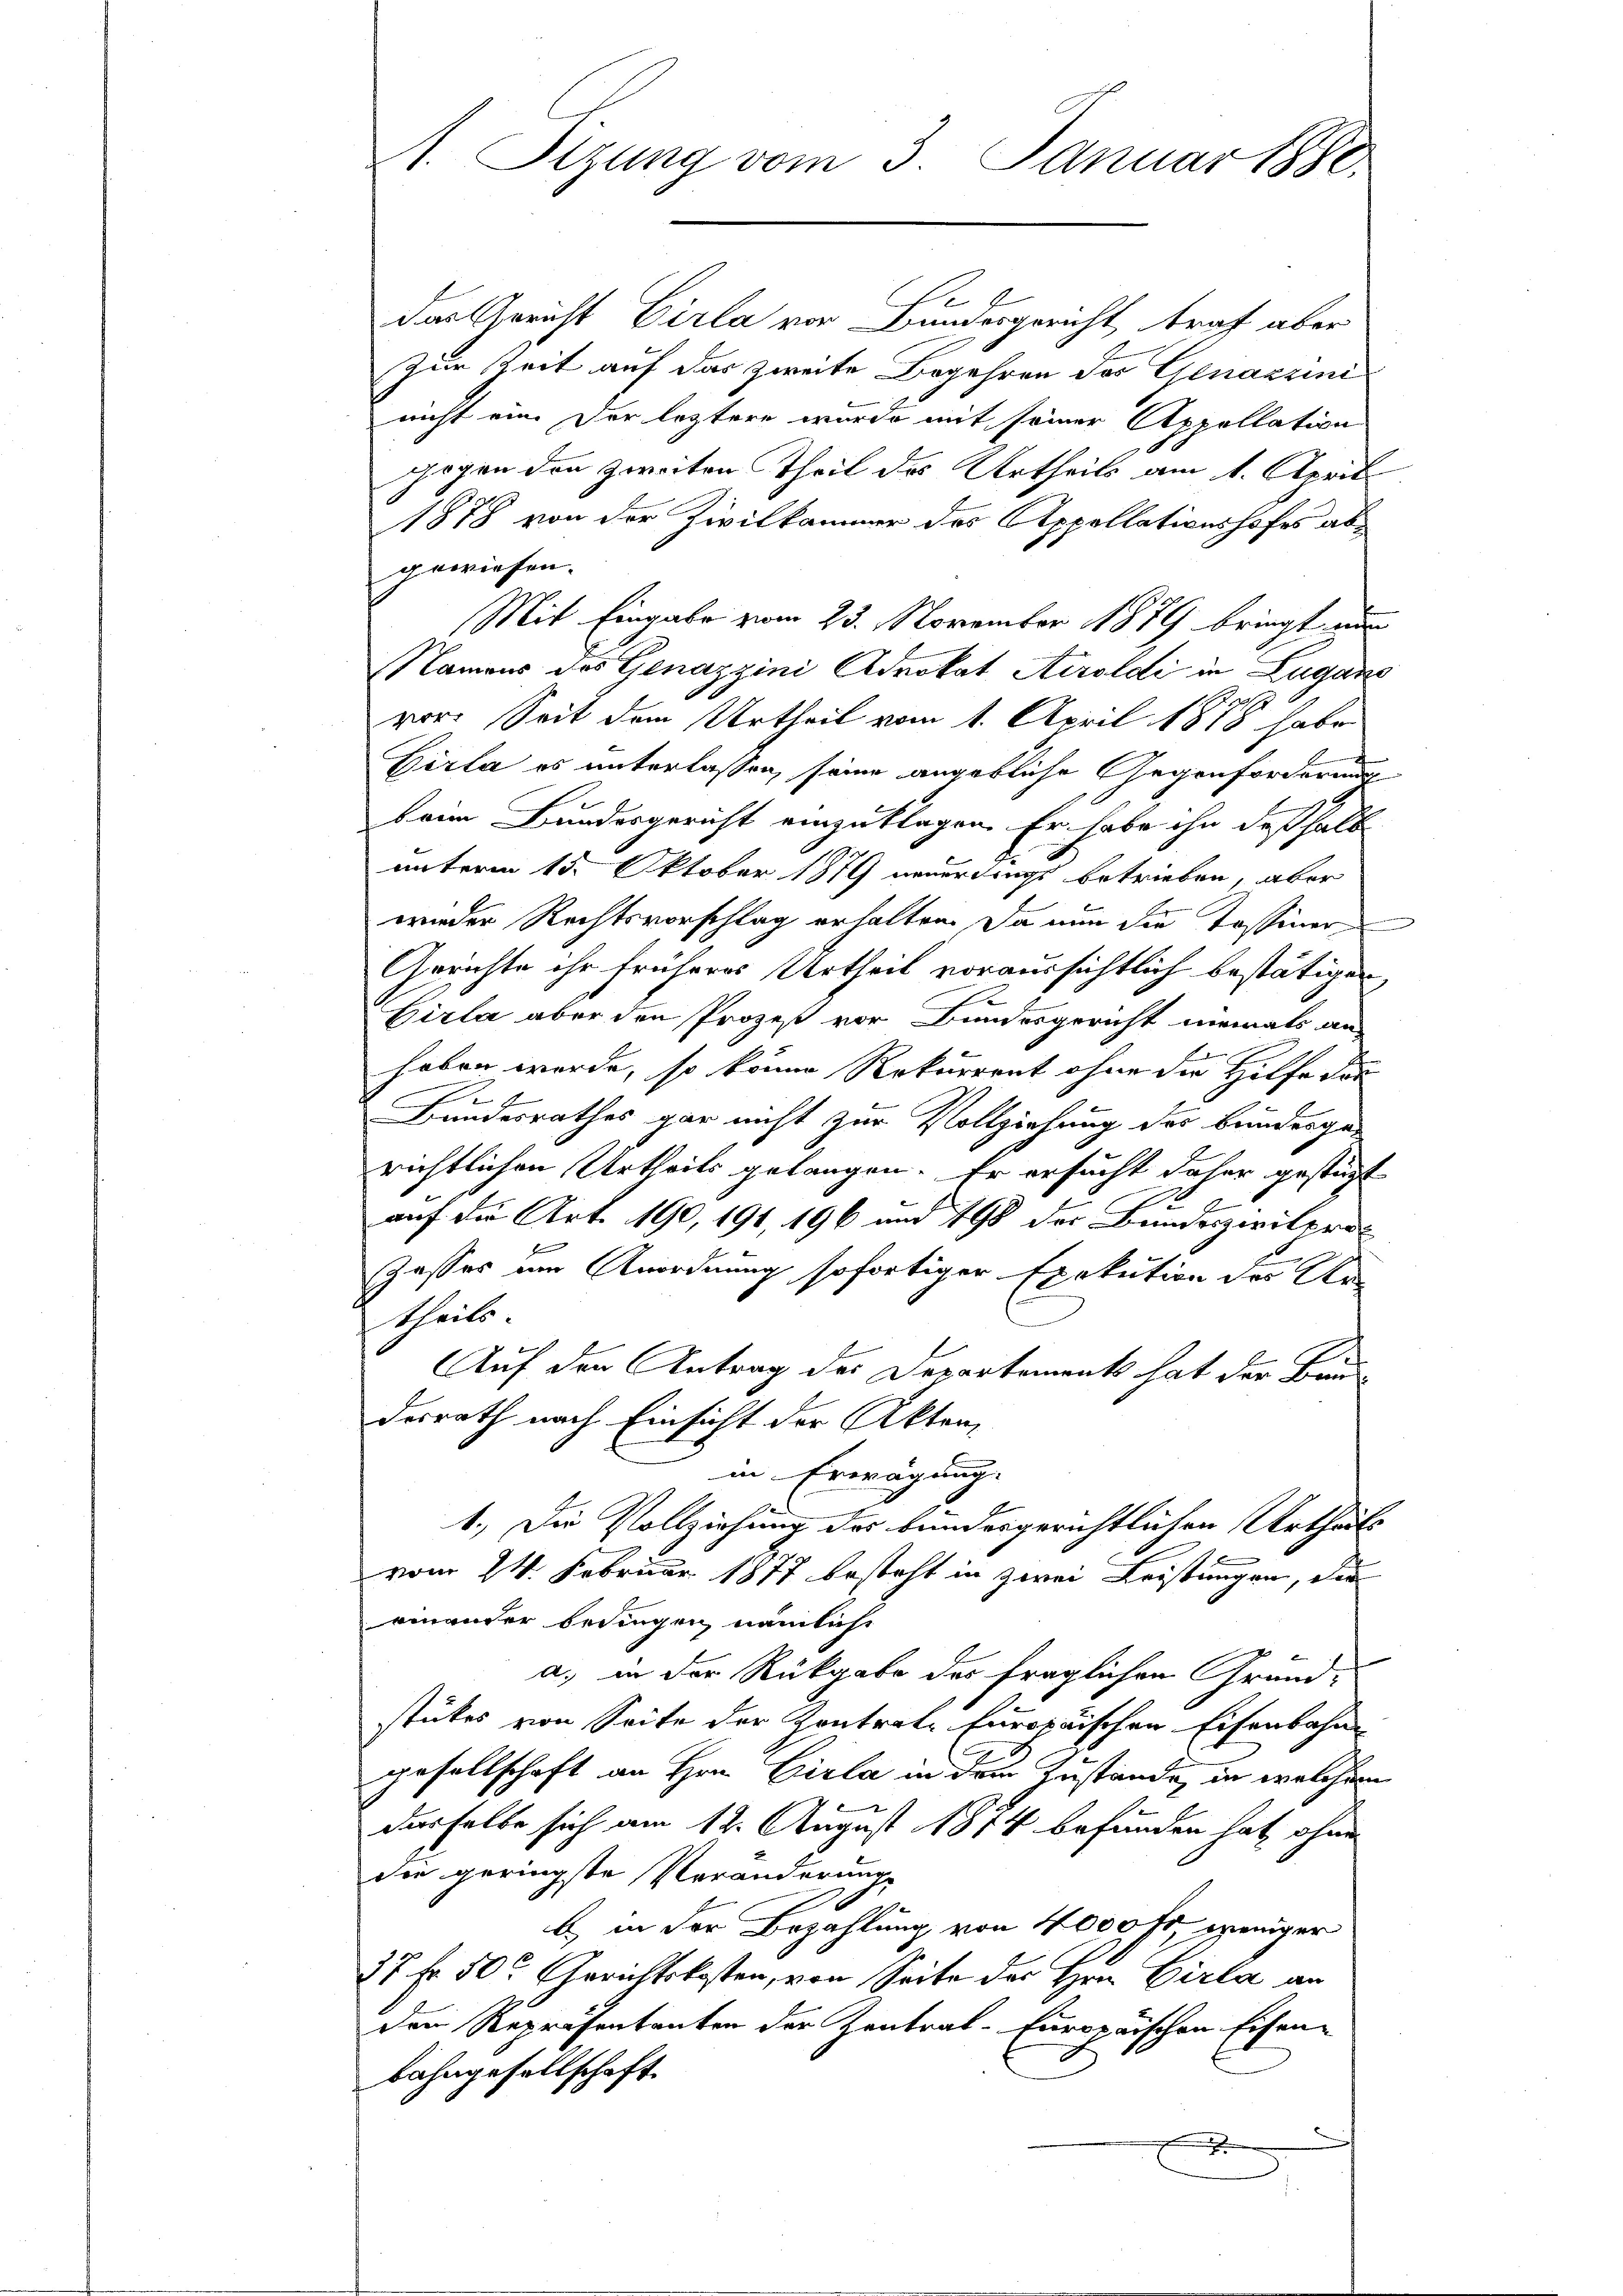
A. Sizung vom 3. Januar 1880.

.
das Gericht Cirla von Bundergericht traf aber
Zur Zeit auf das zweite Begehren des Genazzini
nicht eine der leztere wurde mit seiner Appollation
gogen den zweiten Theil des Urtheils am 1. April
1878 von der Zivilkammer des Appellationshofes abgewiesen.
Mit Eingabe vom 23. November 1879 bringt nun
Namens des Genazzini Advokat Airoldi in Lugano
vor. Seit dem Urtheil vom 1. April 1878 habe
Girla es unterlassen, seine angebliche Gegenforderung
beim Bundesgericht einzuklagen. Er habe ihn deßhalb
unterm 15. Oktober 1879 neuerdings betrieben, aber
wieder Rechtsvorschlag erhalten. Da nun die Tassiner
Gerichte ihr früheres Urtheil voraussichtlich bestätigen,
Cirla aber den Prozeß vor Bundesgericht niemals an-
haben werde, so könne Rekurrent ohne die Hilfe der
Bundesrathes gar nicht zur Vollziehung des Bundesge-
richtlichen Urtheils gelangen. Er ersucht daher gestützt
J
auf die Art. 190, 191, 196 am 198 der Bundeszivilprok
Jasses um Anordnung sofortiger Exekution des Ur-
theils.
Auf den Antrag des Departements hat der Bau-
derrath nach Einsicht der Akten,
in Erwägung.
1.) Die Vollziehung des bundesgerichtlichen Urtheils
vom 24. Februar 1877 besteht in zwei Leistungen, die
einander bedingen, nämlich
a. in der Rückgabe des fraglichen Grandstückes von Seite der Zentrate Europäischen Eisenbahn-
gesellschaft an Hrn. Cirla in dem Zustande, in welchem
x
derselbe sich am 12. August 1814 befunden hat, ohne
die geringste Veränderung
b) in der Bezahlung von 400 fr weniger
17 Fr. 50 Arrichtskosten, von Seite des Hrn. Cirla an
den Repräsentanten der Zentral-Europäischen Eisen-
bahngesellschaft